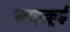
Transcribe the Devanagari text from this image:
लाड़कूई